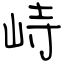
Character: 峙